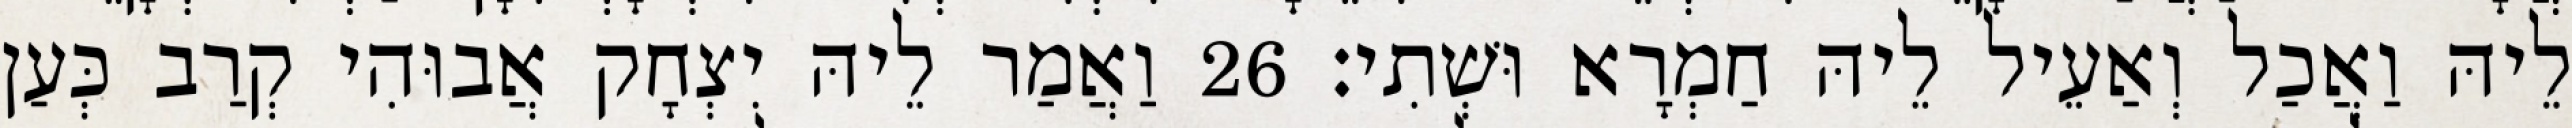
לֵיהּ וַאֲכַל וְאַעֵיל לֵיהּ חַמְרָא וּשְׁתִי׃ 26 וַאֲמַר לֵיהּ יִצְחָק אֲבוּהִי קְרַב כְּעַן